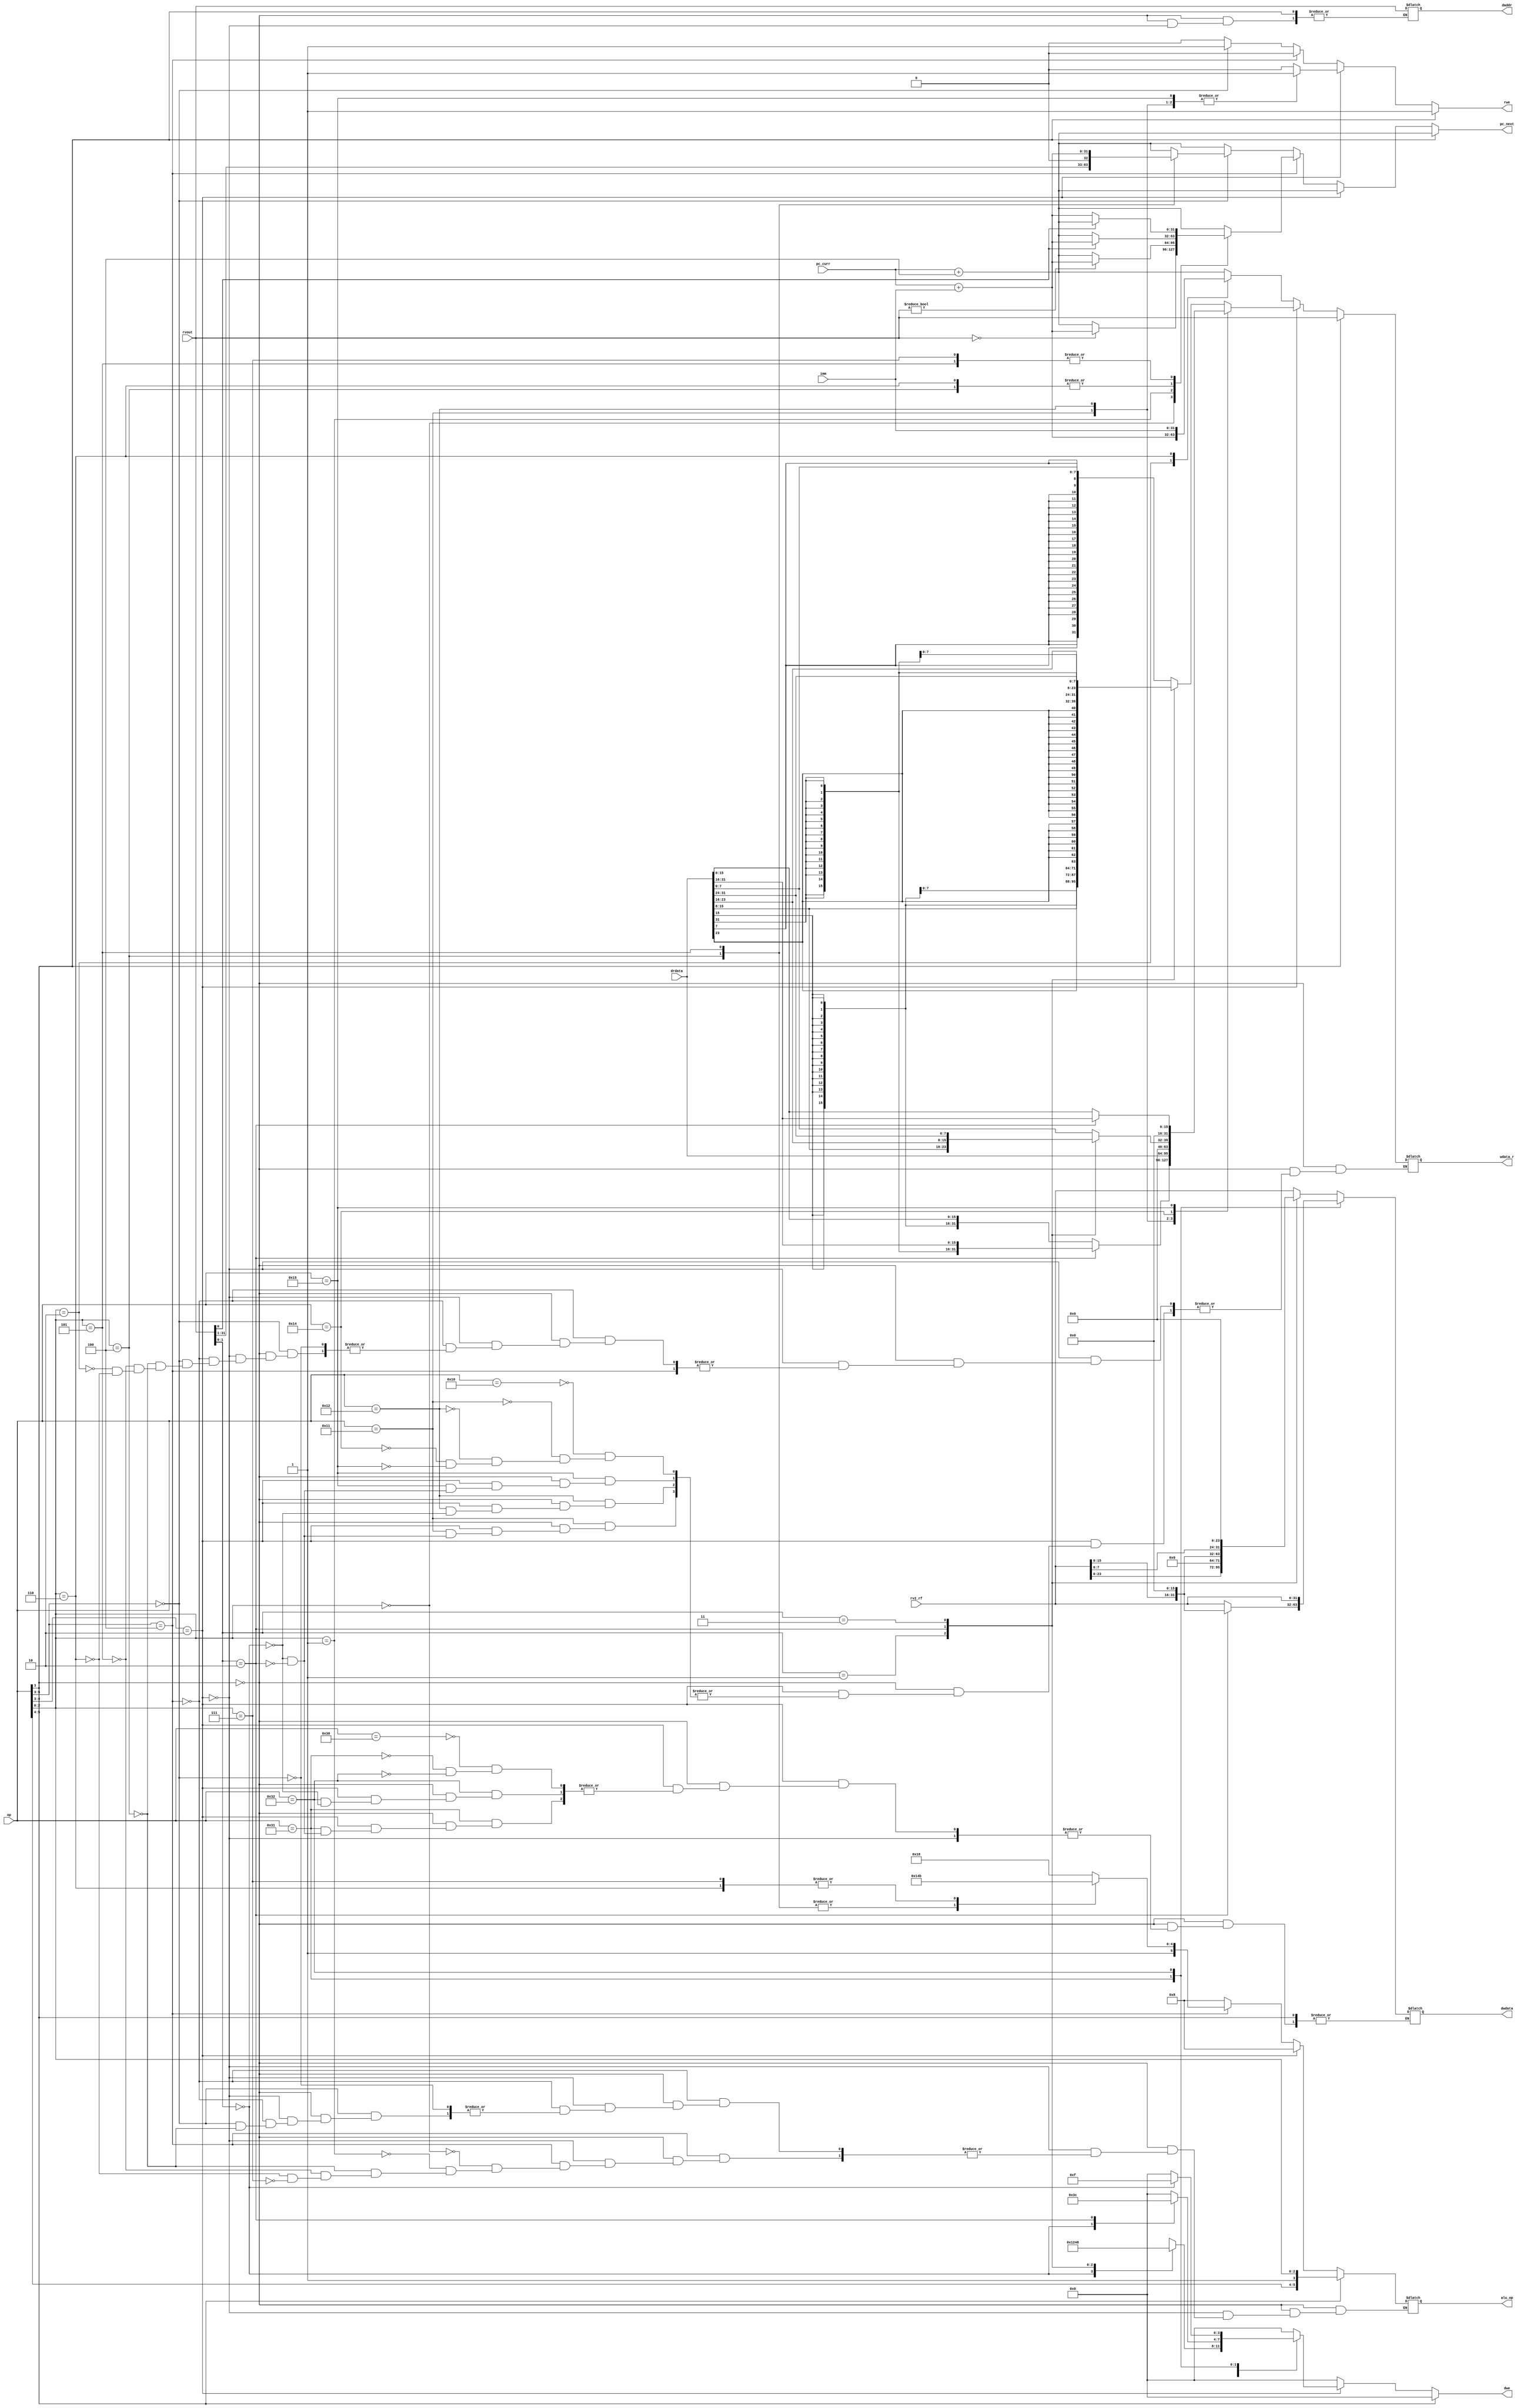
// Description : implementation of control logic

module control(op,rv2_rf,drdata,rvout,imm,pc_curr,rwe,dwdata,wdata_r,daddr,dwe,alu_op,pc_next);

  //defining input_output ports

  input [5:0] op;             // 6-bit op code from decoder
  input [31:0] rv2_rf;        // value at rs2 register in regfile (used in case of store instructions)
  input [31:0] drdata;        // Data from DMEM
  input [31:0] rvout;         // ALU output (used for daddr calculation in Load and Store and iaddr calc in branch)
  input [31:0] imm;           // immediate value = used for PC increment (conditional branch & JAL), and for AUIPC, LUI
  input [31:0] pc_curr;       // current PC value

  output rwe;                 // regfile write enable
  output [31:0] dwdata;       // Data to be written to DMEM (during Store)
  output [31:0] wdata_r;      // Data to be written to regfile (during Load)
  output [31:0] daddr;        // address of DMEM location (to read/write)
  output [3:0] dwe;           // DMEM Write enable
  output [5:0] alu_op;        // 6-bit alu op code
  output [31:0] pc_next;      // next iaddr
  

  reg [31:0] dwdata, wdata_r, daddr, pc_next;
  reg [3:0] dwe;
  reg [5:0] alu_op;
  reg rwe;


  always @(*) 
    begin
      pc_next = pc_curr + 4;   // default: Increment PC by 4, write disabled
      dwe = 4'b0;
      rwe = 0;

      // ALU operation
      //alu_op = op if instr is ALU type
      if(op[3] == 1'b1) 
        begin
          alu_op = op;
          wdata_r = rvout;
          rwe = 1;
        end

      //Load/Store Instructions
      else if (op[4:3] == 2'b10) 
        begin                          // if load or store instr

          //alu_op = op if instr is ALU type = op(addi) if instr is load/store (+ JALR)
          alu_op = 6'b001000;   // op(addi)
          daddr = rvout;

          //Load Instructions
          case(op)

            6'b010000: 
              begin  //LB
                rwe = 1;
                // daddr[1:0] :- last two bits of address indicate the byte to be addressed
                case(daddr[1:0])    
                  2'b00:  wdata_r = {{24{drdata[7]}}, drdata[7:0]};   //Byte 0
                  2'b01:  wdata_r = {{24{drdata[15]}}, drdata[15:8]}; //Byte 1
                  2'b10:  wdata_r = {{24{drdata[23]}}, drdata[23:16]};//Byte 2
                  2'b11:  wdata_r = {{24{drdata[31]}}, drdata[31:24]};//Byte 3
                endcase
              end               //LB

            6'b010001: 
              begin  //LH
                rwe = 1;
                case(daddr[1:0])
                  2'b00:  wdata_r = {{16{drdata[15]}}, drdata[15:0]}; //HW 0
                  2'b10:  wdata_r = {{16{drdata[31]}}, drdata[31:16]};//HW 1
                endcase
              end               //LH

            6'b010010: 
              begin  //LW
                rwe = 1;
                case(daddr[1:0])
                  2'b00:  wdata_r = drdata;
                endcase
              end               //LW

            6'b010100: 
              begin  //LBU
                rwe = 1;
                case(daddr[1:0])
                  2'b00:  wdata_r = {24'b0, drdata[7:0]};   //Byte 0
                  2'b01:  wdata_r = {24'b0, drdata[15:8]};  //Byte 1
                  2'b10:  wdata_r = {24'b0, drdata[23:16]}; //Byte 2
                  2'b11:  wdata_r = {24'b0, drdata[31:24]}; //Byte 3
                endcase
              end               //LBU

            6'b010101: 
              begin  //LHU
                rwe = 1;
                case(daddr[1:0])    // last two bits of address indicate the byte to be addressed
                  2'b00:  wdata_r = {16'b0, drdata[15:0]}; //HW 0
                  2'b10:  wdata_r = {16'b0, drdata[31:16]};//HW 1
                endcase
              end               //LHU

            //Store Instructions
            6'b110000: 
            begin  //SB

              case(daddr[1:0])
                2'b00: begin 
                  dwe = 4'b0001;
                  dwdata = rv2_rf; 
                end
                2'b01: begin
                  dwe = 4'b0010;
                  dwdata = {rv2_rf<<8}; 
                end
                2'b10: begin 
                  dwe = 4'b0100;
                  dwdata = {rv2_rf<<16}; 
                end
                2'b11:  begin 
                  dwe = 4'b1000;
                  dwdata = {rv2_rf<<24}; 
                end
              endcase
            end               //SB

            6'b110001: 
            begin  //SH

              case(daddr[1:0])

                2'b00:  begin 
                  dwe = 4'b0011;
                  dwdata = rv2_rf; 
                end

                2'b10:  begin
                  dwe = 4'b1100;
                  dwdata = {rv2_rf<<16}; 
                end

              endcase
            end                 //SH

            6'b110010: 
            begin    //SW
              case(daddr[1:0])
                2'b00:  begin 
                  dwe = 4'b1111;
                  dwdata = rv2_rf; 
                end
              endcase
            end                 //SW

          endcase
        end // end Load/Store else


        // Conditional Branch
        else if (op[5:3] == 3'b100) 
          begin
          
          case (op[2:0])

            //alu_op = = op(sub)  (BEQ and BNE)
            3'b000 : 
            begin  //BEQ
              alu_op = 6'b111000; //op(SUB)
              if (rvout == 0) pc_next = pc_curr + imm;
            end             //BEQ

            3'b001 : 
            begin  //BNE
              alu_op = 6'b111000; //op(SUB)
              if (rvout != 0) pc_next = pc_curr + imm;
            end             //BNE

            3'b100 : 
            begin  //BLT
              alu_op = 6'b101010; //op(SLT)
              if (rvout[0])  pc_next = pc_curr + imm;
            end             //BLT

            3'b101 :
            begin  //BGE
              alu_op = 6'b101010; //op(SLT)
              if (!rvout[0]) pc_next = pc_curr + imm;
            end             //BGE

            3'b110 :
            begin  //BLTU
              alu_op = 6'b101011; //op(SLTU)
              if (rvout[0])  pc_next = pc_curr + imm;
            end             //BLTU

            3'b111 : 
            begin  //BGEU
              alu_op = 6'b101011; //op(SLTU)
              if (!rvout[0]) pc_next = pc_curr + imm;
            end             //BGEU

          endcase
        end
        
        else if (op[5:3] == 3'b0) 
        begin
          rwe = 1;

          //alu_op = = Dont care (JAL, AUIPC, LUI)
          //alu_op = = op(addi) if instr is JALR
          case(op[2:0])   
          3'b100: 
          begin   //JALR
            alu_op = 6'b001000;             // op(addi)
            wdata_r = pc_curr + 4;
            pc_next = {rvout[31:1], 1'b0};  //ALU input rv1 through control
          end             //JALR

          3'b101: 
          begin   //JAL
            wdata_r = pc_curr + 4;
            pc_next = pc_curr + imm;
          end             //JAL

          3'b010 :  wdata_r = pc_curr + imm;  //AUIPC

          3'b110 :  wdata_r = imm;            //LUI

          endcase
        end // end Branching else

    end // end always block

endmodule